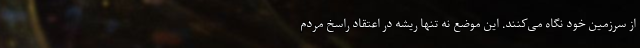
از سرزمین خود نگاه می‌کنند. این موضع نه تنها ریشه در اعتقاد راسخ مردم